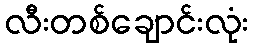
လီးတစ်ချောင်းလုံး